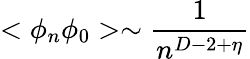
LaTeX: <\phi_{n}\phi_{0}>\sim\frac{1}{n^{D-2+\eta}}